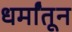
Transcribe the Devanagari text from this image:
धर्मांतून